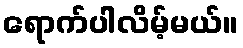
ရောက်ပါလိမ့်မယ်။